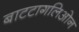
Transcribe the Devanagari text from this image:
बाटटागलिओन